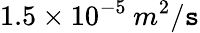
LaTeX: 1.5\times10^{-5}\: m^{2}/\mathtt{s}